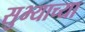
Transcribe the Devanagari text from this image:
सुभ्याच्या